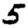
Digit: 5